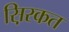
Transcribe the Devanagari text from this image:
स़िरकत